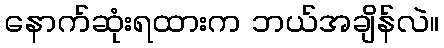
နောက်ဆုံးရထားက ဘယ်အချိန်လဲ။